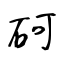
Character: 砢